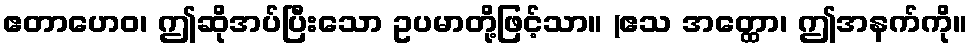
ဧတာဟေဝ၊ ဤဆိုအပ်ပြီးသော ဥပမာတို့ဖြင့်သာ။ (ဧသ အတ္ထော၊ ဤအနက်ကို။